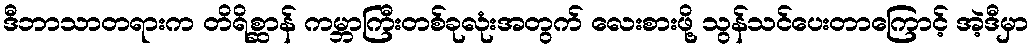
ဒီဘာသာတရားက တိရိစ္ဆာန် ကမ္ဘာကြီးတစ်ခုလုံးအတွက် လေးစားဖို့ သွန်သင်ပေးတာကြောင့် အဲ့ဒီမှာ